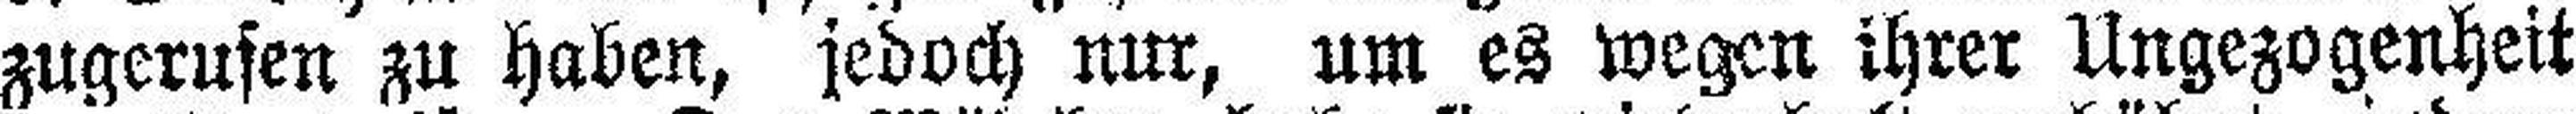
zugerusen zu haben, jedoch nur, um es wegen ihrer Ungezogenheit